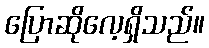
ပြောဆိုလေ့ရှိသည်။